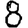
Digit: 8